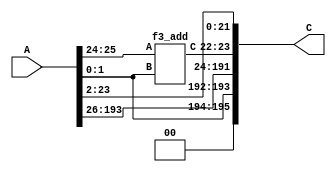
`define M     97          // M is the degree of the irreducible polynomial
`define WIDTH (2*`M-1)    // width for a GF(3^M) element
`define W2    (4*`M-1)    // width for a GF(3^{2*M}) element
`define W3    (6*`M-1)    // width for a GF(3^{3*M}) element
`define W6    (12*`M-1)   // width for a GF(3^{6*M}) element
`define PX    196'h4000000000000000000000000000000000000000001000002 // PX is the irreducible polynomial
`define ZERO {(2*`M){1'b0}}
`define TWO {(2*`M-2){1'b0}},2'b10
`define MOST 2*`M+1:2*`M

module func5(A, C);
    input [`WIDTH+2:0] A;
    output [`WIDTH+2:0] C;
    assign C[195:194] = 0;
    assign C[193:192] = A[1:0];
    assign C[191:24] = A[193:26];
    f3_add a11 (A[25:24], A[1:0], C[23:22]);
    assign C[21:0] = A[23:2];
endmodule

module f3_add(A, B, C);
    input [1:0] A, B;
    output [1:0] C;
    wire a0, a1, b0, b1, c0, c1;
    assign {a1, a0} = A;
    assign {b1, b0} = B;
    assign C = {c1, c0};
    assign c0 = ( a0 & ~a1 & ~b0 & ~b1) |
                (~a0 & ~a1 &  b0 & ~b1) |
                (~a0 &  a1 & ~b0 &  b1) ;
    assign c1 = (~a0 &  a1 & ~b0 & ~b1) |
                ( a0 & ~a1 &  b0 & ~b1) |
                (~a0 & ~a1 & ~b0 &  b1) ;
endmodule